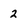
Character: 2